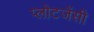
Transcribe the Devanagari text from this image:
प्लोटजेंसी